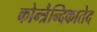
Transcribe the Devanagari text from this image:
कोन्त्रैन्दिकातेद